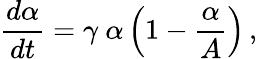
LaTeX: \frac{d\alpha}{dt}=\gamma\ \alpha\left(1-\frac{\alpha}{A}\right)\, ,